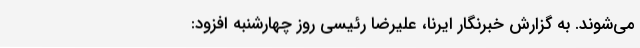
می‌شوند. به گزارش خبرنگار ایرنا، علیرضا رئیسی روز چهارشنبه افزود: